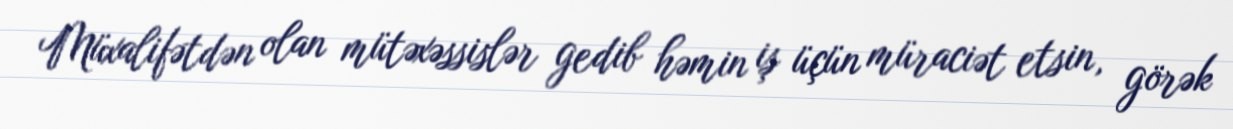
Müxalifətdən olan mütəxəssislər gedib həmin iş üçün müraciət etsin, görək